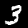
Label: 3